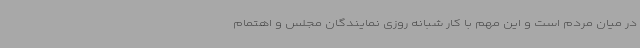
در میان مردم است و این مهم با کار شبانه روزی نمایندگان مجلس و اهتمام